Vaccine operations Central Provinces & Berar 1922-1929 - 1922-1929
Year: 1922
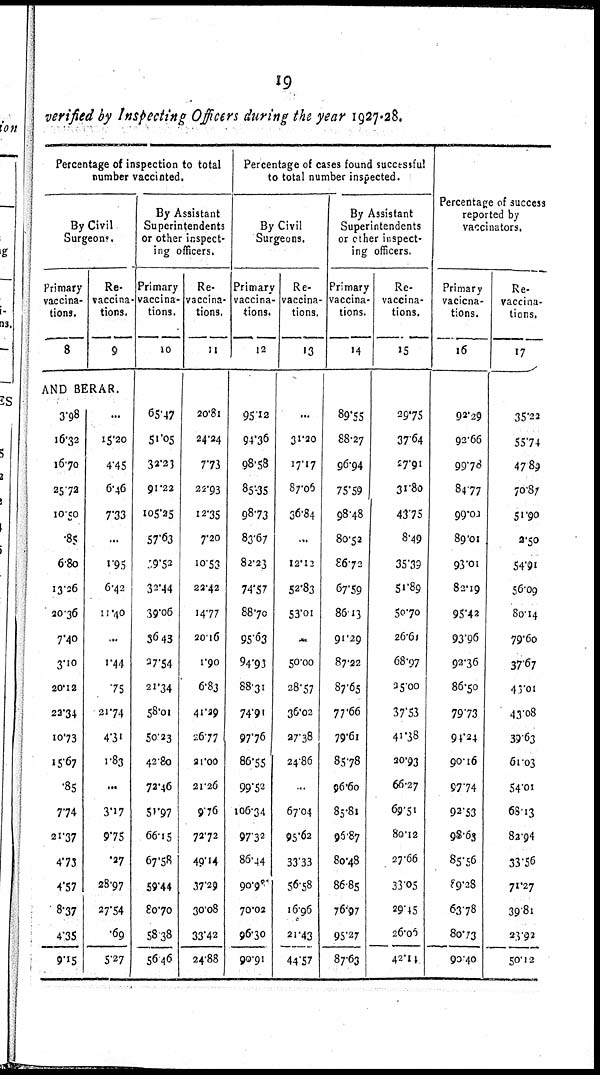
19
verified by Inspecting Officers during the year 1927-28.
Percentage of inspection to total
number vaccinted.
By Civil
Surgeon.
Primary
vaccina-
tions.
8
Re-
vaccina-
tions.
9
AND BERAR.
3.98
16.32
16.70
25.72
10.50
.85
6.80
13.26
20.36
7.40
3.10
20.12
22.34
10.73
15.67
.85
7.74
21.37
4.73
4.57
8.37
4.35
9.15
...
15.20
4.45
6.46
7.33
...
1.95
6.42
11.40
...
1.44
75
21.74
4.31
1.83
...
3.17
9.75
.27
28.97
27.54
.69
5.27
By Assistant
Superintendents
or other inspect-
ing officers.
Primary
vaccina-
tions.
10
65.47
51.05
32.23
91.22
105.25
57.63
59.52
32.44
39.06
36.43
27.54
21.34
58.01
50.23
42.80
72.46
51.97
66.15
67.58
59.44
80.70
58.38
56.46
Re-
vaccina-
tions.
11
20.81
24.24
7.73
22.93
12.35
7.20
10.53
22.42
14.77
20.16
1.90
6.83
41.29
26.77
21.00
21.26
9.76
72.72
49.14
37.29
30.08
33.42
24.88
Percentage of cases found successful
to total number inspected.
By Civil
Surgeons.
Primary
vaccina-
tions.
12
95.12
94.36
98.58
85.35
98.73
83.67
82.23
74.57
88.70
95.63
94.93
88.31
74.91
97.76
86.55
99.52
106.34
97.32
86.44
90.98
70.02
96.30
90.91
Re-
vaccina-
tions.
13
...
31.20
17.17
87.06
36.84
...
12.12
52.83
53.01
...
50.00
28.57
36.02
27.38
24.86
...
67.04
95.62
33.33
56.58
16.96
21.43
44.57
By Assistant
Superintendents
or other inspect-
ing officers.
Primary
vaccina-
tions.
14
89.55
88.27
96.94
75.59
98.48
80.52
86.72
67.59
86.13
91.29
87.22
87.65
77.66
79.61
85.78
96.60
85.81
96.87
80.48
86.85
76.97
95.27
87.63
Re-
vaccina-
tions.
15
29.75
37.64
27.91
31.80
43.75
8.49
35.39
51.89
50.70
26.61
68.97
25.00
37.53
41.38
20.93
66.27
69.51
80.12
27.66
33.05
29.45
26.06
42.14
Percentage of success
reported by
vaccinators.
Primary
vacicna-
tions.
16
92.29
92.66
99.78
84.77
99.02
89.01
93.01
82.19
95.42
93.96
92.36
86.50
79.73
94.24
90.16
97.74
92.53
98.63
85.56
89.28
63.78
80.73
90.40
Re-
vaccina-
tions.
17
35.22
55.74
47.89
70.87
51.90
2.50
54.91
56.09
80.14
79.60
37.67
43.01
43.08
39.63
61.03
54.01
68.13
82.94
33.56
71.27
39.81
23.92
50.12